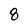
Character: 8